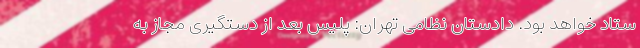
ستاد خواهد بود. دادستان نظامی تهران: پلیس بعد از دستگیری مجاز به